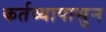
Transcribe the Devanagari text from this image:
कर्तव्यापासुन